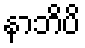
နာဘိပိ